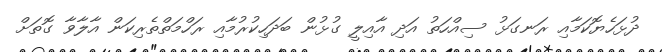
ދުޅަހެޔޮކަމާއި ރަނގަޅު ސިއްހަތު އަދި އާއިލީ ގުޅުން ބަދަހިކުރުމާއި ރަހްމަތްތެރިކަން އާލާވާ ގޮތަށް